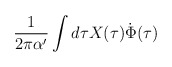
\begin{align*}\frac{1}{2\pi\alpha'} \int d\tau X(\tau)\dot{\Phi}(\tau)\end{align*}